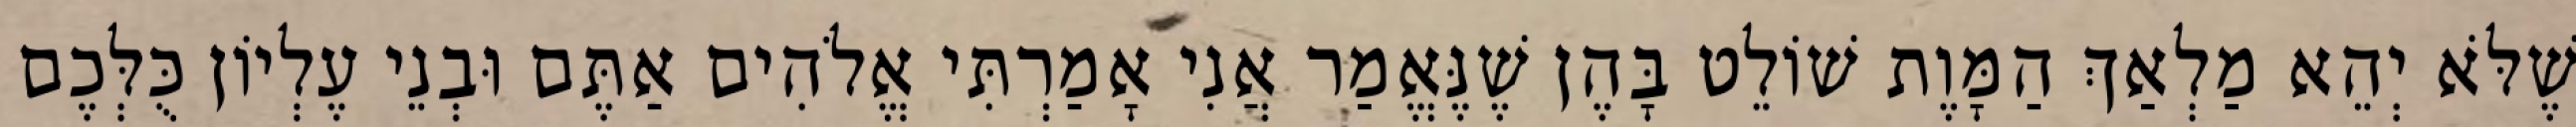
שֶׁלֹּא יְהֵא מַלְאַךְ הַמָּוֶת שׁוֹלֵט בָּהֶן שֶׁנֶּאֱמַר אֲנִי אָמַרְתִּי אֱלֹהִים אַתֶּם וּבְנֵי עֶלְיוֹן כֻּלְּכֶם